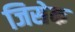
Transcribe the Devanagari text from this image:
जिसेक